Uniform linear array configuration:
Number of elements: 32
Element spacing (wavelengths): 0.5
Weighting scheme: cosine
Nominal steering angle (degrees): -45
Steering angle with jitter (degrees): -45.571
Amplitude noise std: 0.05
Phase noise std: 0.05

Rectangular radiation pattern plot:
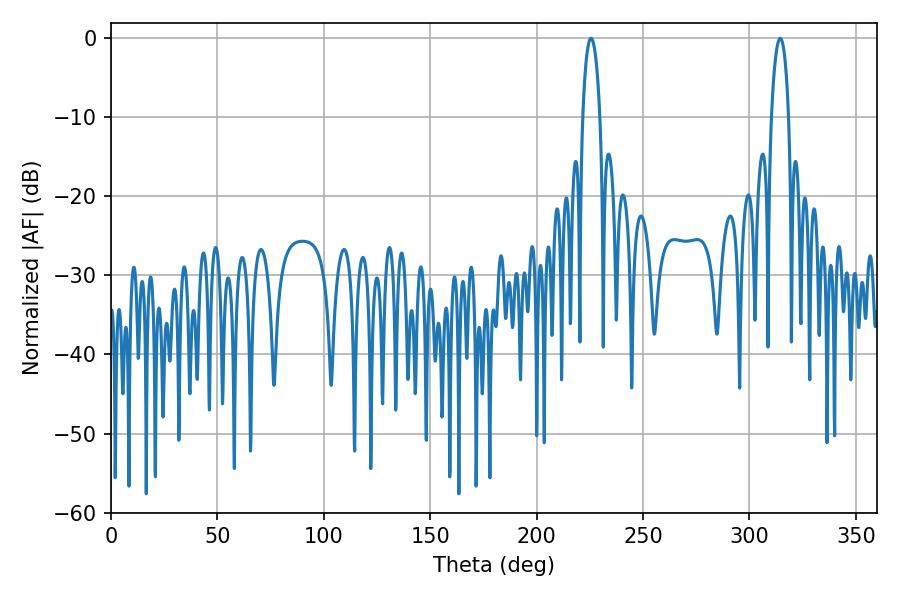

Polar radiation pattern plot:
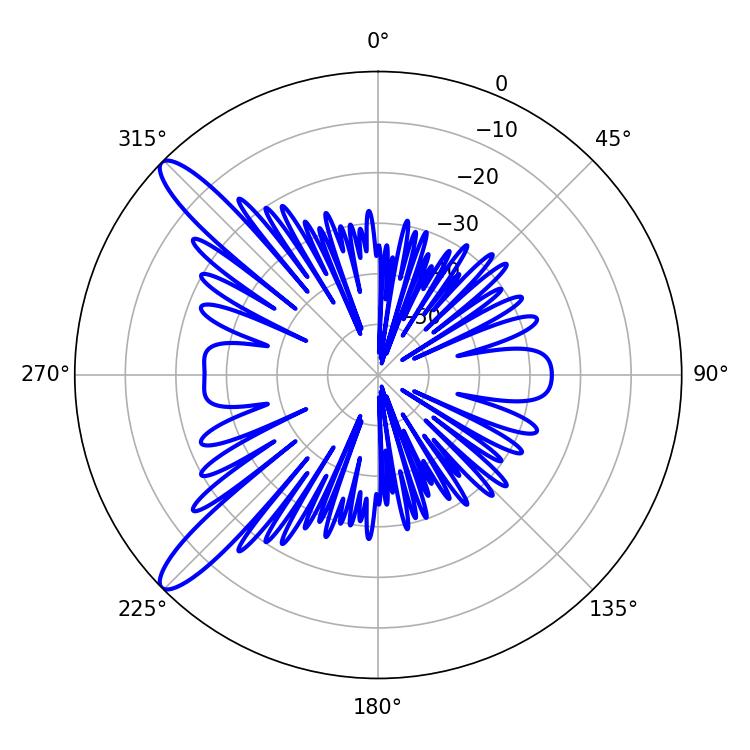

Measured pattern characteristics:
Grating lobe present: FALSE
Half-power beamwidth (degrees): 4.5
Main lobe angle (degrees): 225.54